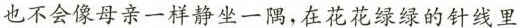
也不会像母亲一样静坐一偶，在花花绿绿的针线里